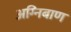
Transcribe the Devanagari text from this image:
अग्‍निबाण